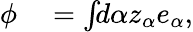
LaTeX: \begin{array}{rl}{\phi}&{{}=\int\! \! d\alpha z_{\alpha}e_{\alpha},}\end{array}